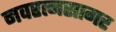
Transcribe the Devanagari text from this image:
नवरत्नसागर